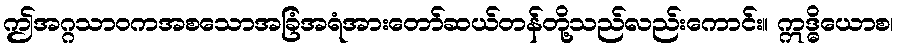
ဤအဂ္ဂသာဝကအစသောအခြံအရံအားတော်ဆယ်တန်တို့သည်လည်းကောင်း။ ဣဒ္ဓိယောစ၊